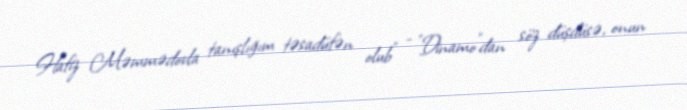
Hafiz Məmmədovla tanışlığım təsadüfən olub” - "Dinamo”dan söz düşdüsə, onun